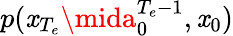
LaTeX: p(\mathit{x}_{{T_{e}}}\mida_{0}^{{T_{e}}-1},\mathit{x}_{0})